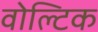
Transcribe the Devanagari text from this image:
वोल्टिक